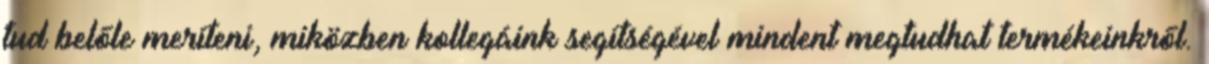
tud belőle meríteni, miközben kollegáink segítségével mindent megtudhat termékeinkről.